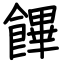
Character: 饆